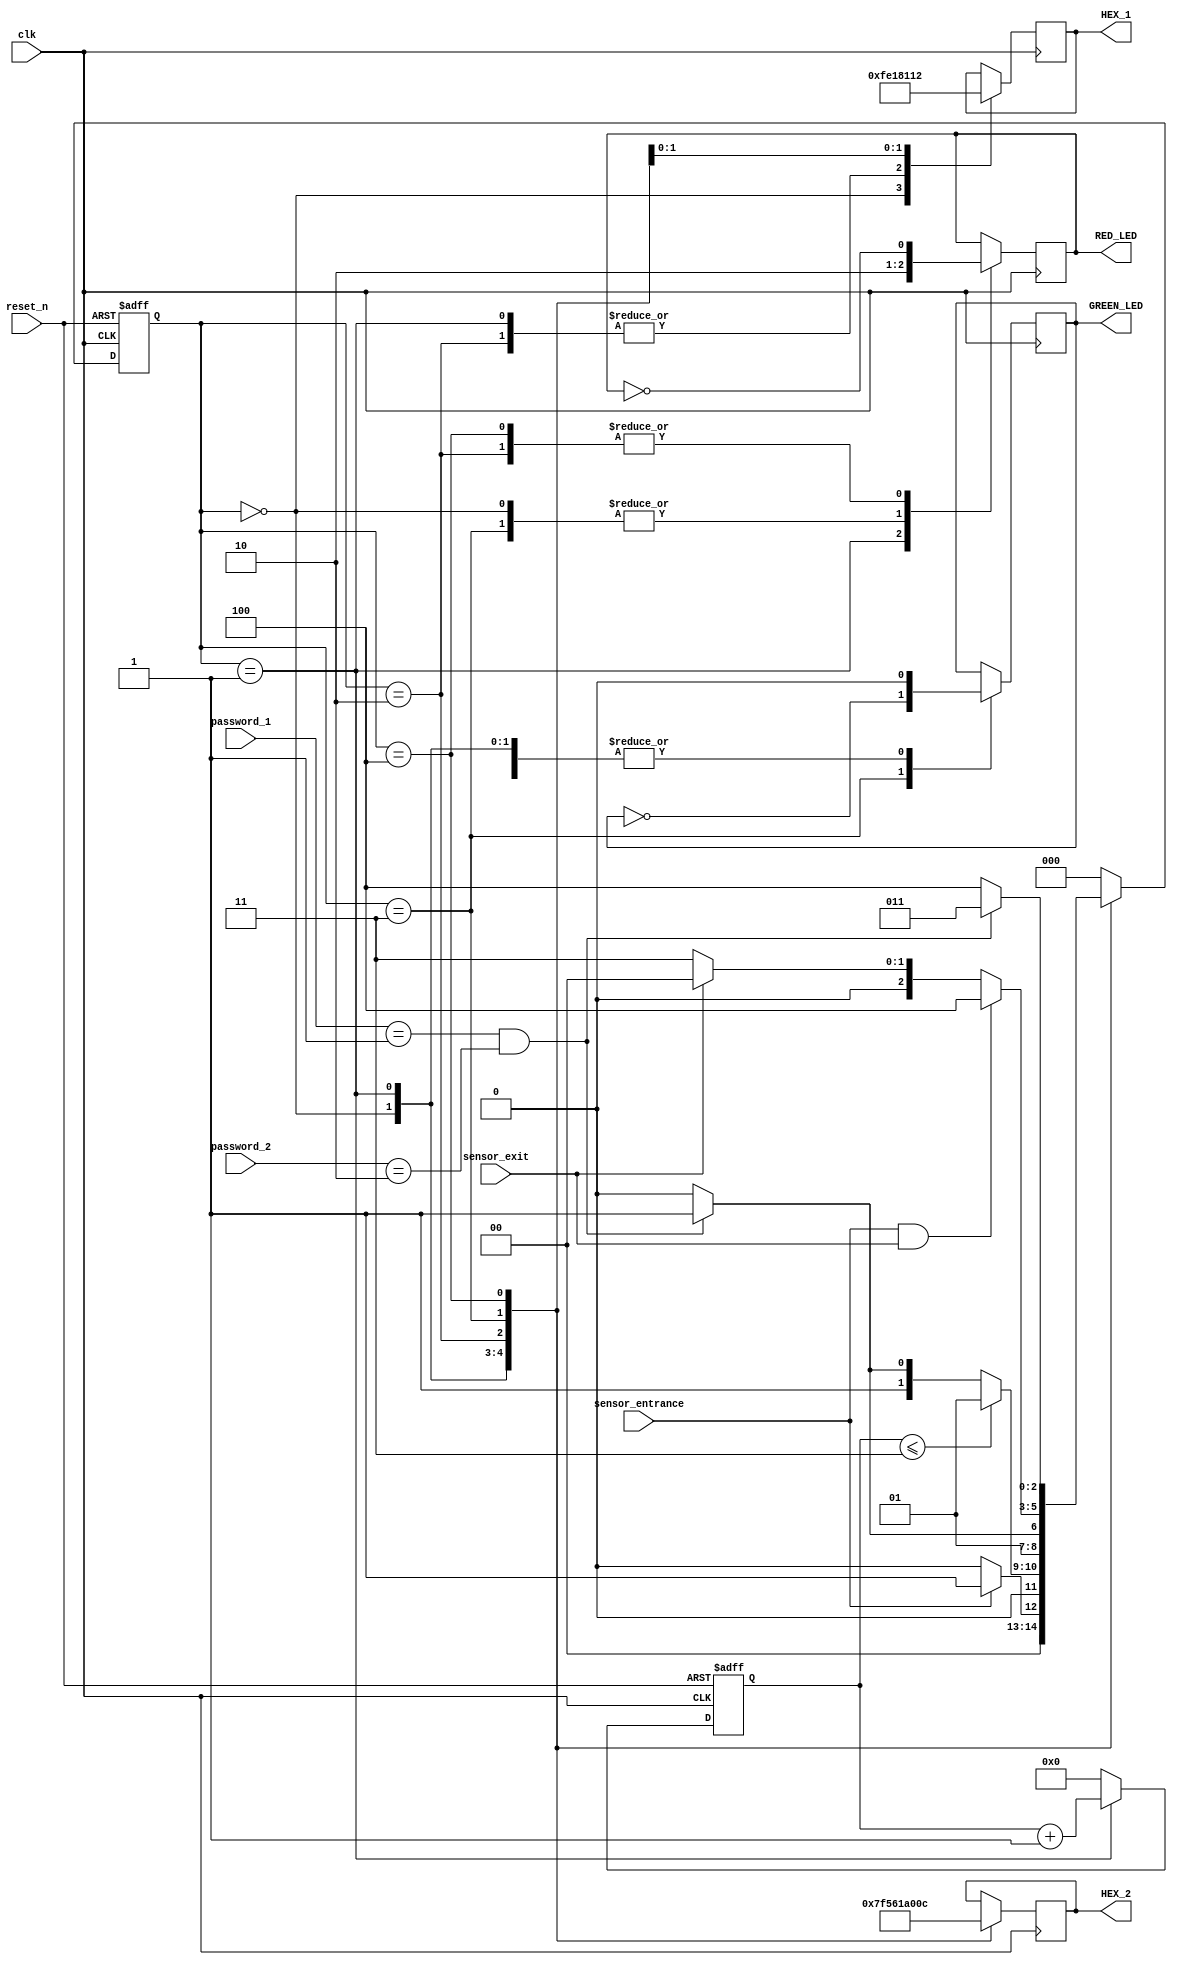

`timescale 1ns / 1ps
module parking_system( 
                input clk,reset_n,
 input sensor_entrance, sensor_exit, 
 input [1:0] password_1, password_2,
 output wire GREEN_LED,RED_LED,
 output reg [6:0] HEX_1, HEX_2
    );
 parameter IDLE = 3'b000, WAIT_PASSWORD = 3'b001, WRONG_PASS = 3'b010, RIGHT_PASS = 3'b011,STOP = 3'b100;

 reg[2:0] current_state, next_state;
 reg[31:0] counter_wait;
 reg red_tmp,green_tmp;

 always @(posedge clk or negedge reset_n)
 begin
 if(~reset_n) 
 current_state = IDLE;
 else
 current_state = next_state;
 end

 always @(posedge clk or negedge reset_n) 
 begin
 if(~reset_n) 
 counter_wait <= 0;
 else if(current_state==WAIT_PASSWORD)
 counter_wait <= counter_wait + 1;
 else 
 counter_wait <= 0;
 end

 always @(*)
 begin
 case(current_state)
 IDLE: begin
         if(sensor_entrance == 1)
 next_state = WAIT_PASSWORD;
 else
 next_state = IDLE;
 end
 WAIT_PASSWORD: begin
 if(counter_wait <= 3)
 next_state = WAIT_PASSWORD;
 else 
 begin
 if((password_1==2'b01)&&(password_2==2'b10))
 next_state = RIGHT_PASS;
 else
 next_state = WRONG_PASS;
 end
 end
 WRONG_PASS: begin
 if((password_1==2'b01)&&(password_2==2'b10))
 next_state = RIGHT_PASS;
 else
 next_state = WRONG_PASS;
 end
 RIGHT_PASS: begin
 if(sensor_entrance==1 && sensor_exit == 1)
 next_state = STOP;
 else if(sensor_exit == 1)
 next_state = IDLE;
 else
 next_state = RIGHT_PASS;
 end
 STOP: begin
 if((password_1==2'b01)&&(password_2==2'b10))
 next_state = RIGHT_PASS;
 else
 next_state = STOP;
 end
 default: next_state = IDLE;
 endcase
 end
 
 always @(posedge clk) begin 
 case(current_state)
 IDLE: begin
 green_tmp = 1'b0;
 red_tmp = 1'b0;
 HEX_1 = 7'b1111111; 
 HEX_2 = 7'b1111111; 
 end
 WAIT_PASSWORD: begin
 green_tmp = 1'b0;
 red_tmp = 1'b1;
 HEX_1 = 7'b000_0110; 
 HEX_2 = 7'b010_1011; 
 end
 WRONG_PASS: begin
 green_tmp = 1'b0;
 red_tmp = ~red_tmp;
 HEX_1 = 7'b000_0110; 
 HEX_2 = 7'b000_0110;  
 end
 RIGHT_PASS: begin
 green_tmp = ~green_tmp;
 red_tmp = 1'b0;
 HEX_1 = 7'b000_0010; 
 HEX_2 = 7'b100_0000;  
 end
 STOP: begin
 green_tmp = 1'b0;
 red_tmp = ~red_tmp;
 HEX_1 = 7'b001_0010; 
 HEX_2 = 7'b000_1100; 
 end
 endcase
 end
 assign RED_LED = red_tmp  ;
 assign GREEN_LED = green_tmp;

endmodule